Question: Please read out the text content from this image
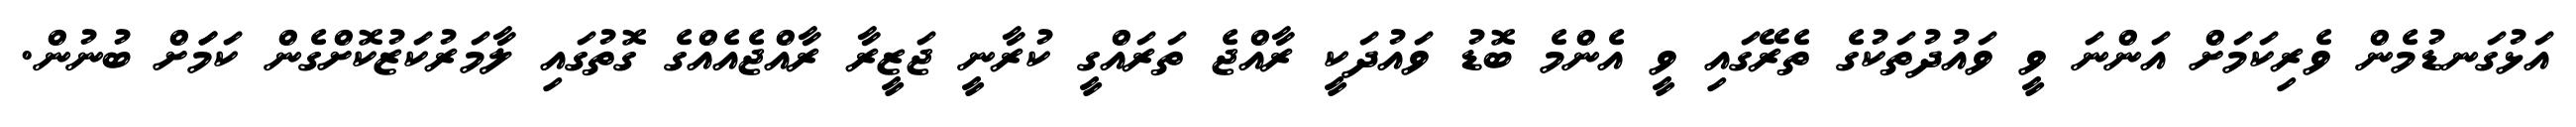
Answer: އަޅުގަނޑުމެން ވެރިކަމަށް އަންނަ ވީ ވައުދުތަކުގެ ތެރޭގައި ވީ އެންމެ ބޮޑު ވައުދަކީ ރާއްޖެ ތަރައްގީ ކުރާނީ ޖަޒީރާ ރާއްޖެއެއްގެ ގޮތުގައި ލާމަރުކަޒުކޮށްގެން ކަމަަށް ބުނުން.